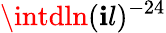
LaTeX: \intdln(\mathbf{i}l)^{-24}